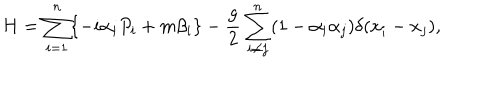
LaTeX: H = \sum _ { i = 1 } ^ { n } \{ - i \alpha _ { i } P _ { i } + m \beta _ { i } \} - \frac { g } { 2 } \sum _ { i \neq j } ^ { n } ( 1 - \alpha _ { i } \alpha _ { j } ) \delta ( x _ { i } - x _ { j } ) ,